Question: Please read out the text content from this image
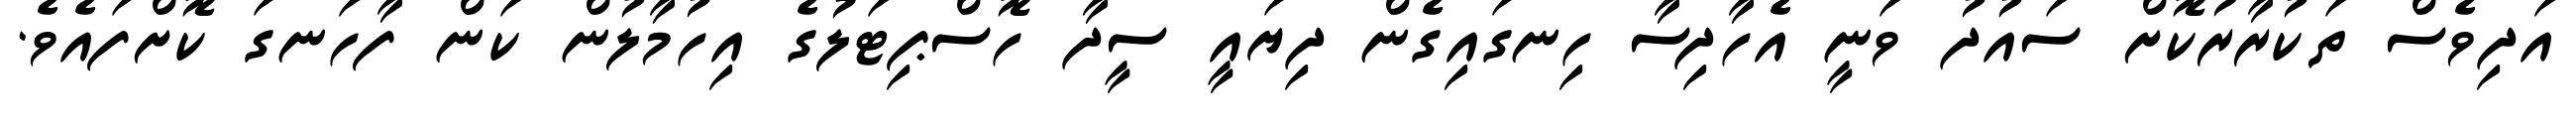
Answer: އަދިވެސް ތަކުރާރުކޮށް ސައުދު ވަނީ އެހާދިސާ ހިނގައިގެން ދިޔައީ ސީދާ ހޮސްޕިޓަލުގެ އިހުމާލުން ކަން ފާހަނގަ ކޮށްފައެވެ.